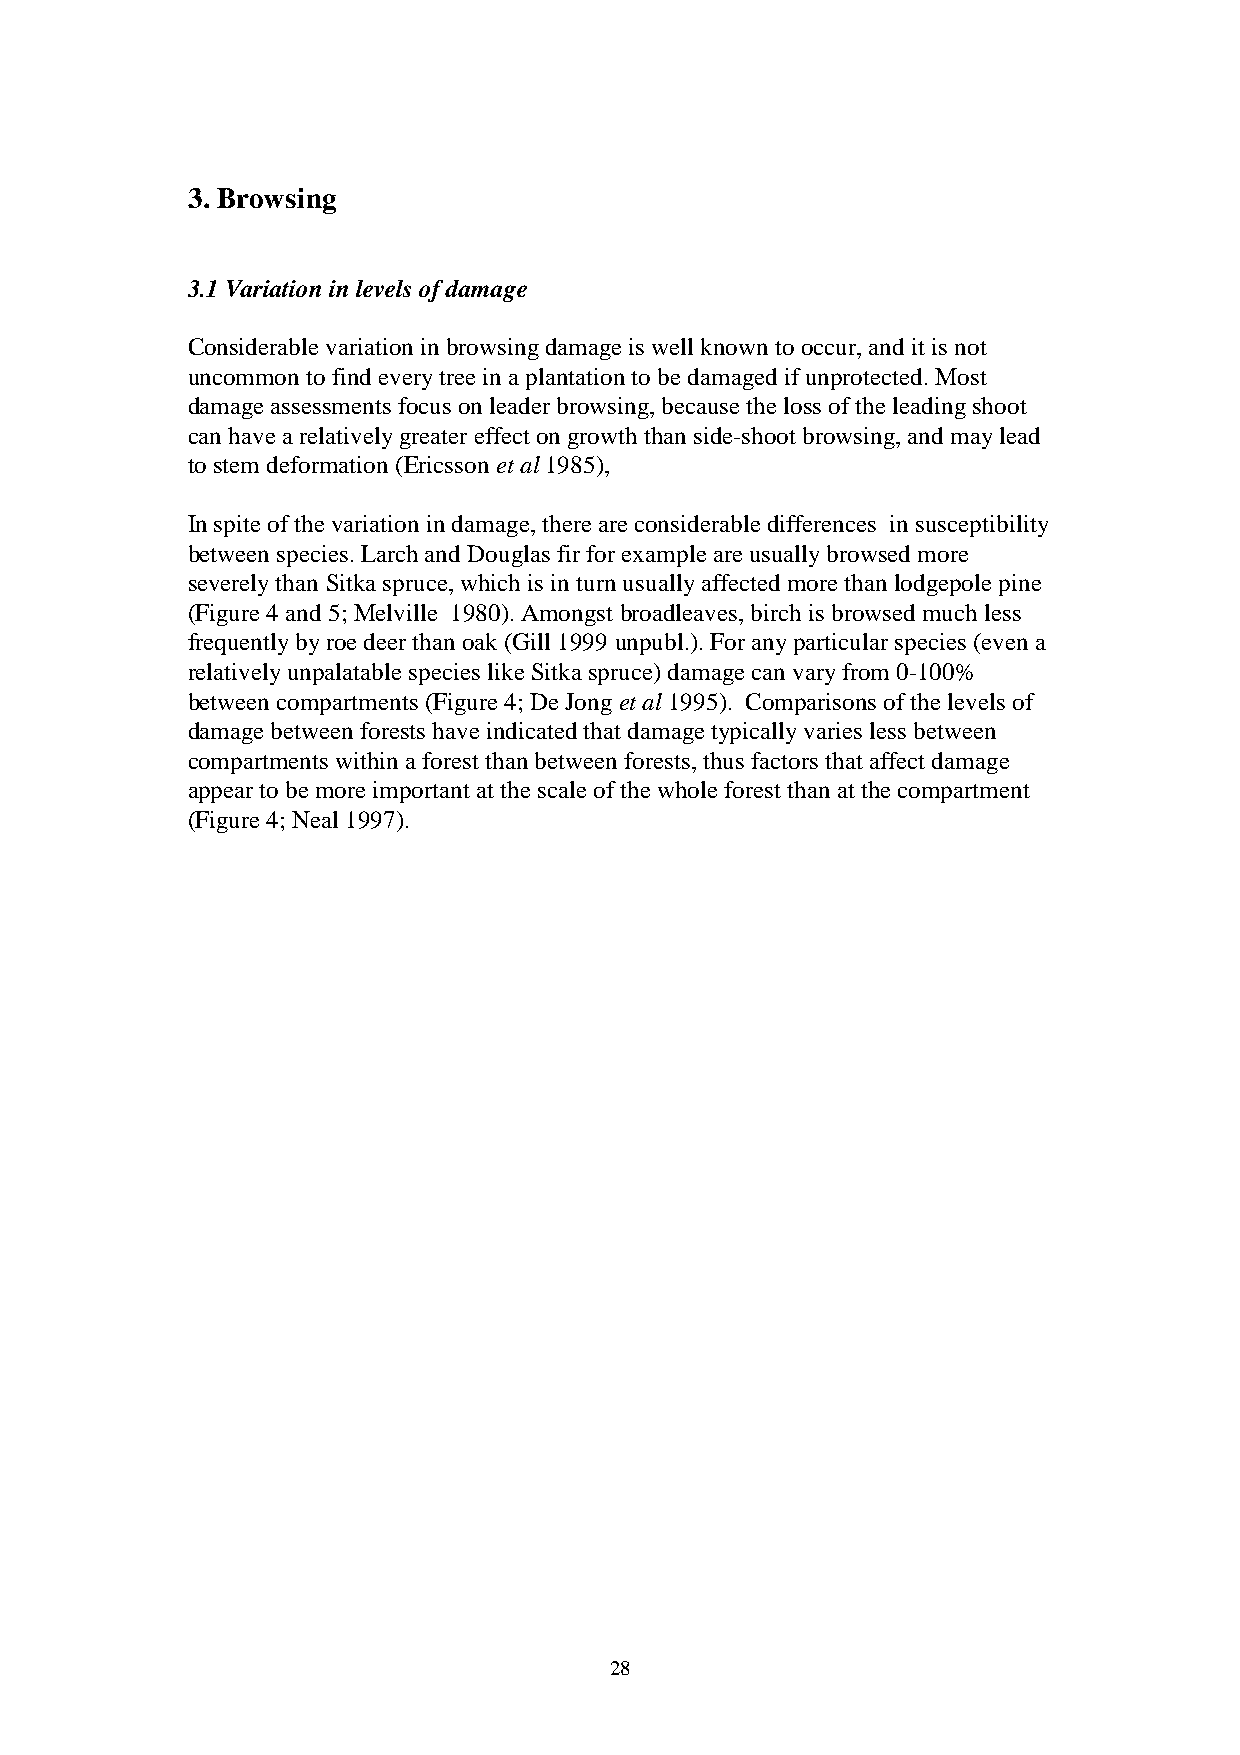
3. Browsing
 3.1 Variation in levels of damage
 Considerable variation in browsing damage is well known to occur, and it is not
 uncommon to find every tree in a plantation to be damaged if unprotected. Most
 damage assessments focus on leader browsing, because the loss of the leading shoot
 can have a relatively greater effect on growth than side-shoot browsing, and may lead
 to stem deformation (Ericsson et al 1985),
 In spite of the variation in damage, there are considerable differences in susceptibility
 between species. Larch and Douglas fir for example are usually browsed more
 severely than Sitka spruce, which is in turn usually affected more than lodgepole pine
 (Figure 4 and 5; Melville 1980). Amongst broadleaves, birch is browsed much less
 frequently by roe deer than oak (Gill 1999 unpubl.). For any particular species (even a
 relatively unpalatable species like Sitka spruce) damage can vary from 0-100%
 between compartments (Figure 4; De Jong et al 1995). Comparisons of the levels of
 damage between forests have indicated that damage typically varies less between
 compartments within a forest than between forests, thus factors that affect damage
 appear to be more important at the scale of the whole forest than at the compartment
 (Figure 4; Neal 1997).
 28